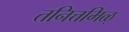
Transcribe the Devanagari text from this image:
तनित्तमिळ्